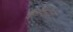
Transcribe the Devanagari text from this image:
कैटेगरीज़